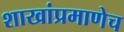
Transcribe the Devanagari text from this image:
शाखांप्रमाणेच